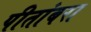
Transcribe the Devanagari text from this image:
पीतांबरा